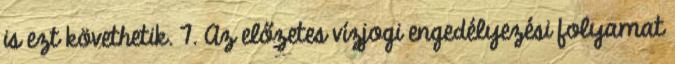
is ezt követhetik. 7. Az előzetes vízjogi engedélyezési folyamat